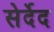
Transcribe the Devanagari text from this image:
सेर्देद